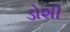
ડોશી